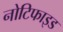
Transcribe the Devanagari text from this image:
नोटिफाइड